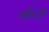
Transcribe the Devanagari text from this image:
खँटी